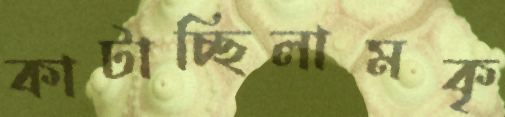
কাটাচ্ছিলামকৃ